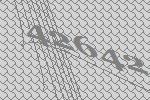
42642